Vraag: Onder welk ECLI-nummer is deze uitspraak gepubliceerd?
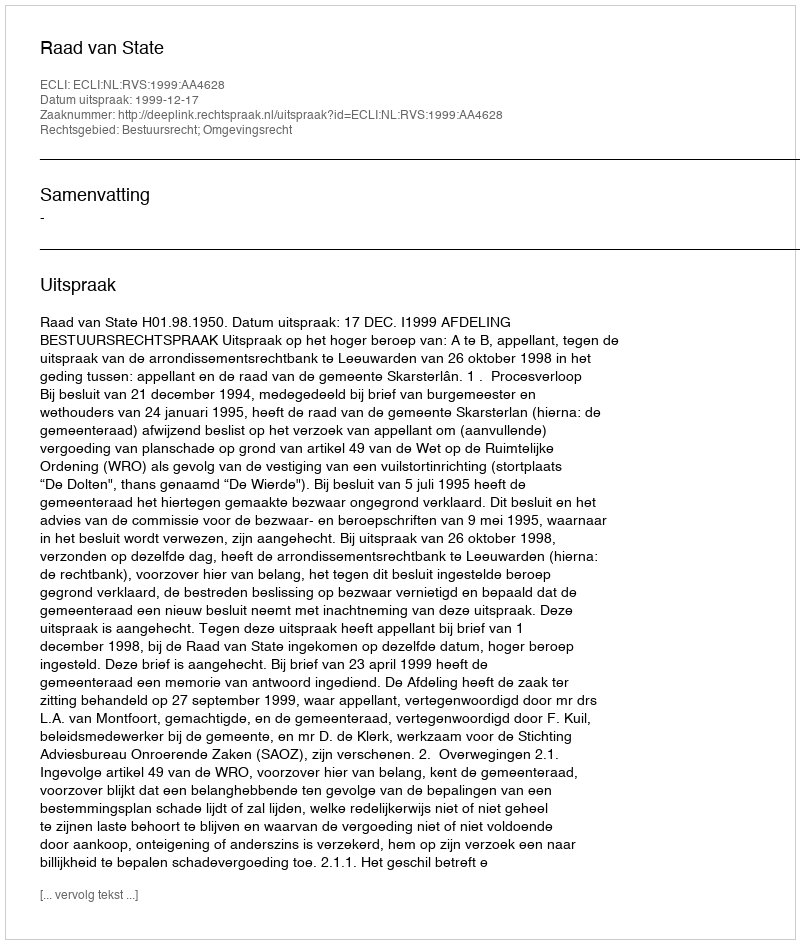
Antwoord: ECLI:NL:RVS:1999:AA4628